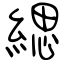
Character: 緦